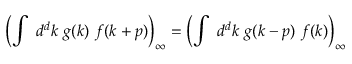
\left( \int \ d ^ { d } k \ g ( k ) \ f ( k + p ) \right) _ { \infty } = \left( \int \ d ^ { d } k \ g ( k - p ) \ f ( k ) \right) _ { \infty }